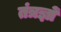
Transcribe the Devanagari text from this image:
तंत्रज्ञों